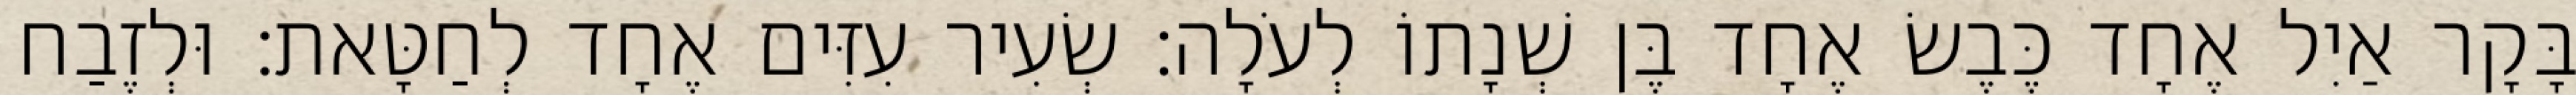
בָּקָר אַיִל אֶחָד כֶּבֶשׂ אֶחָד בֶּן שְׁנָתוֹ לְעֹלָה׃ שְׂעִיר עִזִּים אֶחָד לְחַטָּאת׃ וּלְזֶבַח